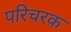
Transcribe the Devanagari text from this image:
परिचरक